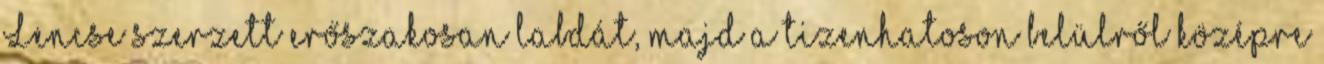
Lencse szerzett erőszakosan labdát, majd a tizenhatoson belülről középre